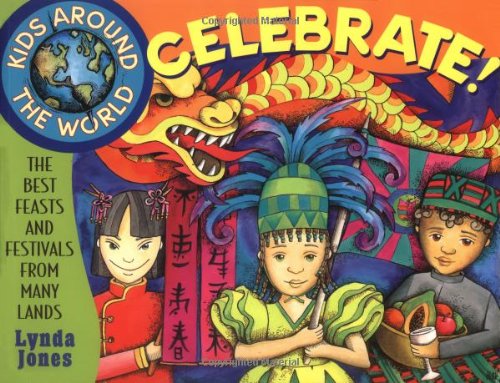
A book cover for Kids Around the World Celebrate!: The Best Feasts and Festivals from Many Lands; Lynda Jones; Children's Books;